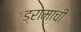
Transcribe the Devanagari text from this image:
ड्रामाची